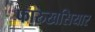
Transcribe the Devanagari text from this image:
फारुखसियार